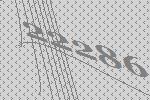
22286